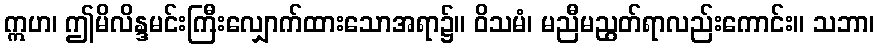
ဣဟ၊ ဤမိလိန္ဒမင်းကြီးလျှောက်ထားသောအရာ၌။ ဝိသမံ၊ မညီမညွတ်ရာလည်းကောင်း။ သဘာ၊